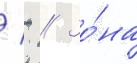
/ - // Зо́на